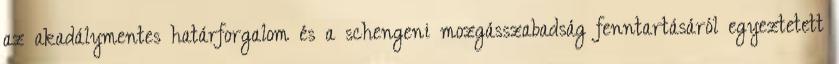
az akadálymentes határforgalom és a schengeni mozgásszabadság fenntartásáról egyeztetett